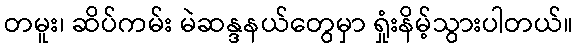
တမူး၊ ဆိပ်ကမ်း မဲဆန္ဒနယ်တွေမှာ ရှုံးနိမ့်သွားပါတယ်။